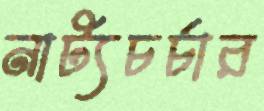
নাট্যচর্চার